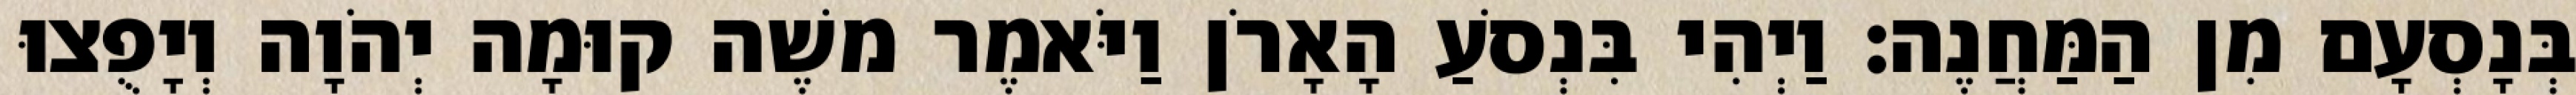
בְּנָסְעָם מִן הַמַּחֲנֶה׃ וַיְהִי בִּנְסֹעַ הָאָרֹן וַיֹּאמֶר משֶׁה קוּמָה יְהֹוָה וְיָפֻצוּ